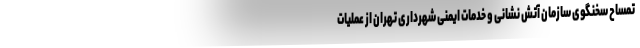
تمساح سخنگوی سازمان آتش نشانی و خدمات ایمنی شهرداری تهران از عملیات